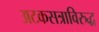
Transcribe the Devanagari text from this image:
अटकसत्राविरुद्ध